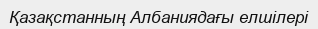
Қазақстанның Албаниядағы елшілері